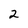
Character: 2